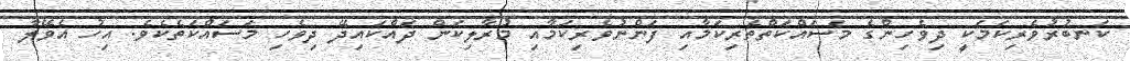
ކަނބުރުވެރިކަމަކީ ދިވެހިންގެ މަސައްކަތްތެރިކަމާއި ފަންނުވެރިކަމާއި މުރާލިކަން ދައްކައިދޭ ދިވެހި މަސައްކަތެކެވެ. އިހު އެވޭލާ